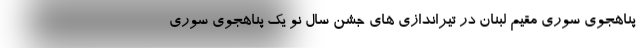
پناهجوی سوری مقیم لبنان در تیراندازی های جشن سال نو یک پناهجوی سوری